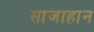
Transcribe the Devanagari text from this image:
साजाहान